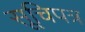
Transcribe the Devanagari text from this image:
सूचिपत्र